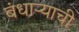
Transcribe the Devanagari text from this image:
बंधाऱ्याची